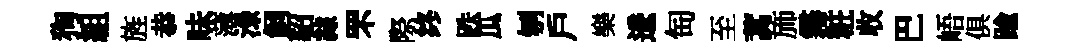
狗組旌恭味薄渌飼貂隷罘際终跌瓜刎戶樂逶匋至蒿斾霧粧收巴峿俱踰